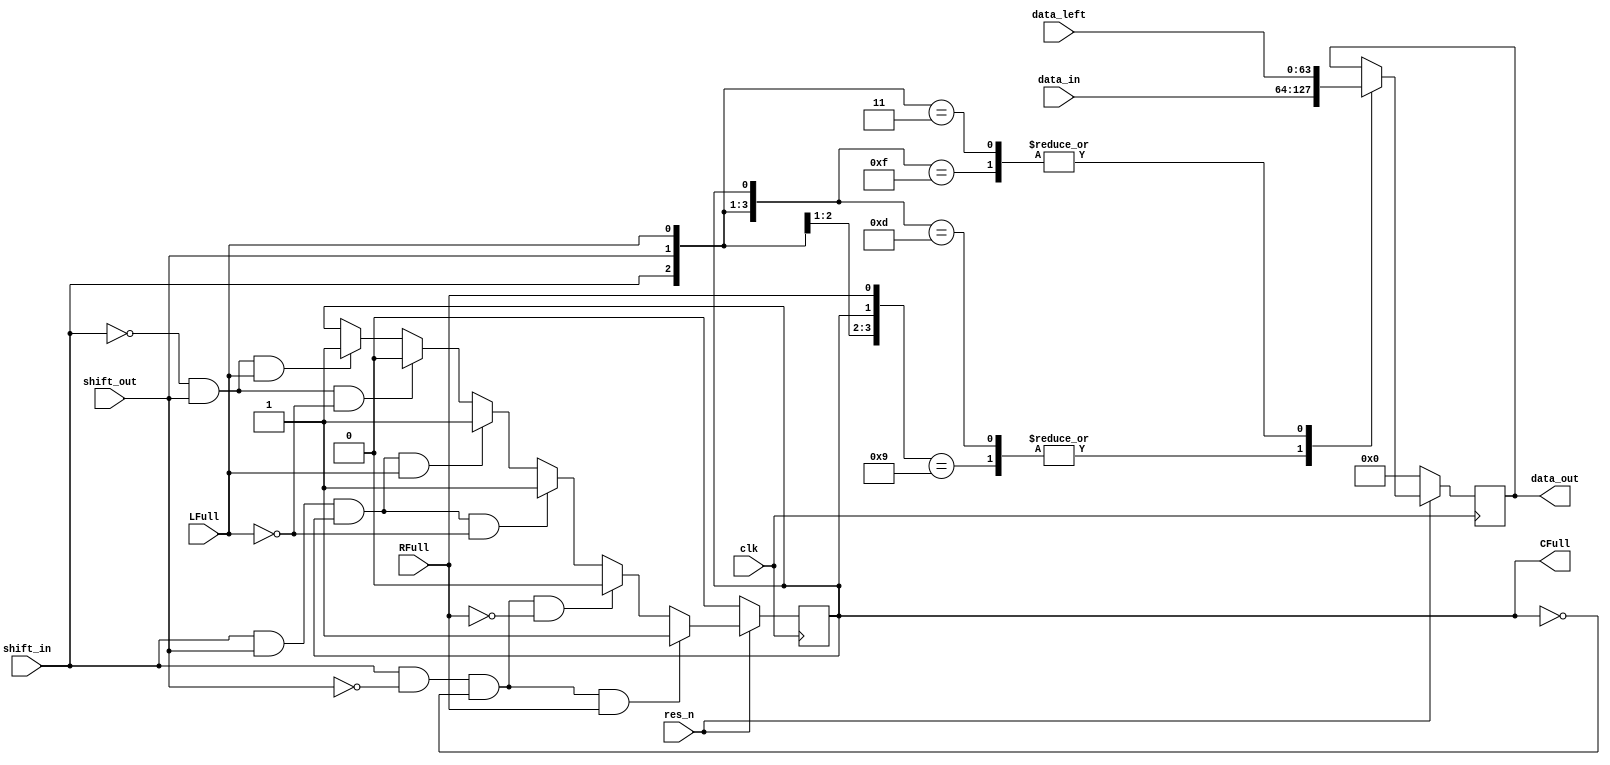
`timescale 1ns / 1ps
//////////////////////////////////////////////////////////////////////////////////
// Company: 
// Engineer: 
// 
// Design Name: 
// Module Name: fifo
// Project Name: 
// Target Devices: 
// Tool Versions: 
// Description: 
// 
// Dependencies: 
// 
// Revision:
// Revision 0.01 - File Created
// Additional Comments:
// 
//////////////////////////////////////////////////////////////////////////////////


module fifo_stage #(parameter WIDTH=64)(
	input clk, input res_n, input shift_in, input shift_out, input LFull, input RFull,
	input [WIDTH-1:0] data_in, input [WIDTH-1:0] data_left,
	output reg [WIDTH-1:0] data_out, output reg CFull);
	
	reg [WIDTH-1:0] data;
	
	
	always @(posedge clk) begin

		// if reset is active, set the current occupancy and data_out to 0
		if (~res_n) begin
			CFull <= 1'd0;
			data_out <= 'd0;
		end

		//assign the current occupy for each case
		else begin
			// if shifting in while the right side is full, then current stage will be full
			if (shift_in & ~shift_out & ~CFull & RFull) begin
				CFull <= 1'b1;
			end

			// if shifting in while the right side is empty, then current stage will be empty since right side will be filled
			else if (shift_in & ~shift_out & ~CFull & ~RFull) begin
				CFull <= 1'b0;
			end

			// if shifting in and out while left is empty, the current value is shifted out but replaced
			else if (shift_in & shift_out & CFull & ~LFull) begin
				CFull <= 1'b1;
			end
			
			// if shifting in and out while left and current are full then the current one stays full
			else if (shift_in & shift_out & CFull & LFull) begin
				CFull <= 1'b1;
			end			
			
			// if shifting out while nothing is in the left side, the current stage will be empty
			else if (~shift_in & shift_out & ~LFull) begin
				CFull <= 1'b0;
			end

			// if shifting out while the left is full, then the current stage will be full
			else if (~shift_in & shift_out & LFull) begin
				CFull <= 1'b1;
			end

			// if shift in and shift out are both zero, then hold the current status
			else if (~shift_in & ~shift_out) begin
				CFull <= CFull;
			end
			
			else 
				CFull <= CFull;
			
			// sets data_out to the result of the mux below
			data_out <= data;	
		end
	end
	
	// mux logic to determine what the new data out should be
	always @(*) begin
		casez({shift_in, shift_out, LFull, CFull, RFull})
			5'b10?01:
				data = data_in;		// if shifting in, while the right is full then data in goes here
			5'b10?00:
				data = data_out;	// if shifting in while the right is empty, then data holds its value
			5'b1101?:
				data = data_in;		// if shifting in/out and left is empty and CFull is 1, the new data in goes to the current stage
			5'b1111?:
				data = data_left;	// if shifting in/out while left is full and CFull is 1, data left gets stored in current stage
			// 5'b010??:
				// data = data_out		// if shifting out while left is 0, current stage gets data left which is 0    THIS IS FOR CASE WHERE IT IS ALL EMPTY AND SHIFTING OUT
			5'b011??:
				data = data_left;	// if shifting out while left has a value, current stage gets this value
			5'b00???:
				data = data_out;	// if its not shifting, hold the value
			default:
				data = data_out;
		endcase
	end
			
	
	
endmodule